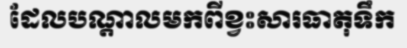
ដែលបណ្តាលមកពីខ្វះសារធាតុទឹក